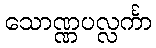
သောဏ္ဏပလ္လင်္ကာ